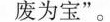
废为宝”。